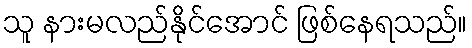
သူ နားမလည်နိုင်အောင် ဖြစ်နေရသည်။